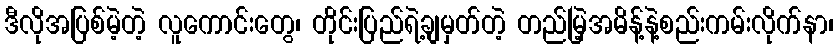
ဒီလိုအပြစ်မဲ့တဲ့ လူကောင်းတွေ၊ တိုင်းပြည်ရဲ့ချမှတ်တဲ့ တည်မြဲ့အမိန့်နဲ့စည်းကမ်းလိုက်နာ၊